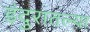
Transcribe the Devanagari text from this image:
इंदुरातल्या